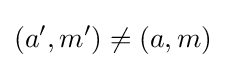
(a',m')\neq (a,m)